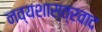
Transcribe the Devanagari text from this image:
नव्यशास्त्रवाद